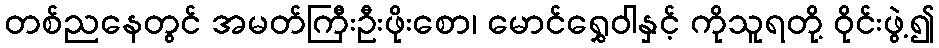
တစ်ညနေတွင် အမတ်ကြီးဦးဖိုးစော၊ မောင်ရွှေဝါနှင့် ကိုသူရတို့ ဝိုင်းဖွဲ့၍